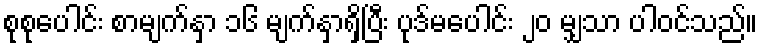
စုစုပေါင်း စာမျက်နှာ ၁၆ မျက်နှာရှိပြီး ပုဒ်မပေါင်း ၂၀ မျှသာ ပါဝင်သည်။